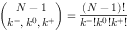
\binom { N - 1 } { k ^ { - } , k ^ { 0 } , k ^ { + } } = \frac { ( N - 1 ) ! } { k ^ { - } ! k ^ { 0 } ! k ^ { + } ! }